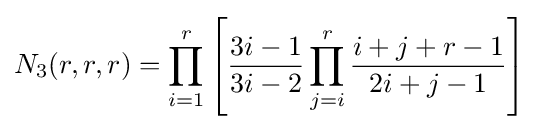
N_{3}(r,r,r)=\prod _{i=1}^{r}\left[{\frac {3i-1}{3i-2}}\prod _{j=i}^{r}{\frac {i+j+r-1}{2i+j-1}}\right]